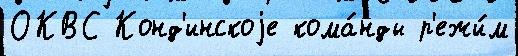
ОКВС Конд'инскоjе кома́нды р'ежи́м